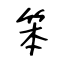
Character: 笨